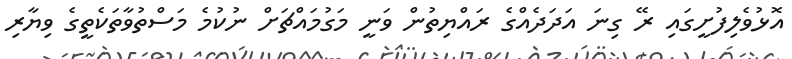
އޮޅުވެލިފުށީގައި ރޭ ގިނަ އަދަދެއްގެ ރައްޔިތުން ވަނީ މަގުމައްޗަށް ނުކުމެ މަސްތުވާތަކެތީގެ ވިޔާރި